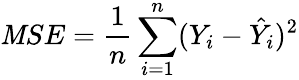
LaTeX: \mathit{M}SE=\frac{{1}}{{n}}\sum_{i=1}^{n}(Y_{i}-\hat{{Y}}_{i})^{2}